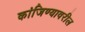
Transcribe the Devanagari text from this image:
कांजिण्यावरील